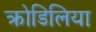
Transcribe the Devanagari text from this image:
क्रोडिलिया